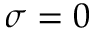
\sigma = 0